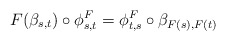
\begin{align*}F(\beta_{s,t}) \circ \phi^F_{s,t} =\phi^F_{t,s} \circ \beta_{F(s),F(t)} \end{align*}